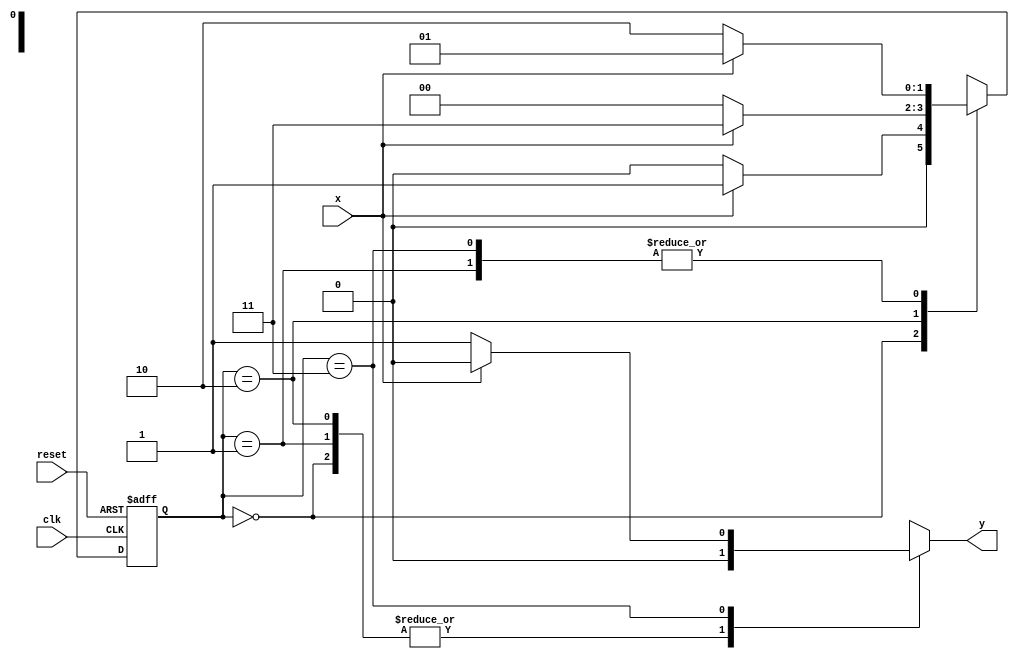
// Nome: Rayan Darwin
// -------------------------

// --------------
// --- Mealy FSM
// --------------

//Mealy FSM Diagram 1010

// constant definitions
`define found 1
`define notfound 0

// FSM by Mealy
module mealy1010 ( y, x, clk, reset );
output y;
input x;
input clk;
input reset;
reg y;
parameter // state identifiers

start = 2'b00,
id1 = 2'b01,
id10 = 2'b10,
id11 = 2'b11;

reg [1:0] E1; // current state variables
reg [1:0] E2; // next state logic output

// next state logic
always @( x or E1 )
begin
y = `notfound;
case ( E1 )
start:
if ( x )
E2 = id1;
else
E2 = start;

id1:
if ( x )
E2 = id1;
else
E2 = id10;

id10:
if ( x )
E2 = id11;
else
E2 = start;

id11:
if ( x )
E2 = id1;
else
begin
E2 = id10;
y = `found;
end
default: // undefined state
E2 = 2'bxx;
endcase
end // always at signal or state changing

// state variables
always @( posedge clk or negedge reset )
begin
if ( reset )
E1 = E2; // updates current state
else
E1 = 0; // reset
end // always at signal changing
endmodule // mealy1010